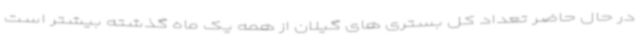
در حال حاضر تعداد کل بستری های گیلان از همه یک ماه گذشته بیشتر است